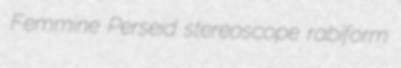
Femmine Perseid stereoscope rabiform